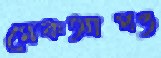
মেকআপও